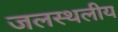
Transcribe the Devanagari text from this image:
जलस्थलीय